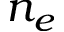
n _ { e }